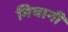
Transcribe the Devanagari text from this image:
गियानी